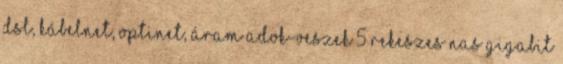
DSL, kábelnet, Optinet, áram Adok-veszek 5 rekeszes NAS Gigabit